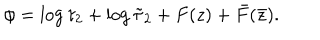
\phi = \log \tau _ { 2 } + \log \tilde { \tau } _ { 2 } + F ( z ) + \bar { F } ( \bar { z } ) .